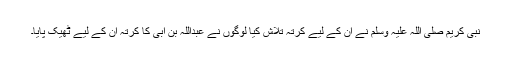
نبی کریم صلی اللہ علیہ وسلم نے ان کے لیے کرتہ تلاش کیا لوگوں نے عبداللہ بن اُبی کا کرتہ ان کے لیے ٹھیک پایا۔